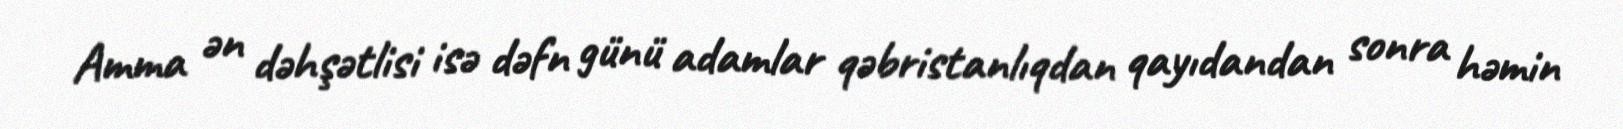
Amma ən dəhşətlisi isə dəfn günü adamlar qəbristanlıqdan qayıdandan sonra həmin